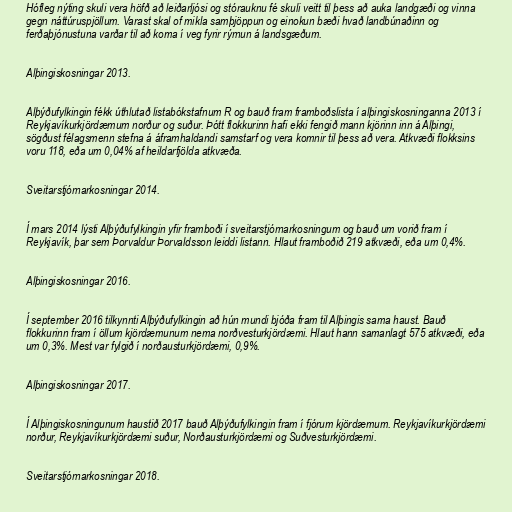
Hófleg nýting skuli vera höfð að leiðarljósi og stórauknu fé skuli veitt til þess að auka landgæði og vinna
gegn náttúruspjöllum. Varast skal of mikla samþjöppun og einokun bæði hvað landbúnaðinn og
ferðaþjónustuna varðar til að koma í veg fyrir rýrnun á landsgæðum.

Alþingiskosningar 2013.

Alþýðufylkingin fékk úthlutað listabókstafnum R og bauð fram framboðslista í alþingiskosninganna 2013 í
Reykjavíkurkjördæmum norður og suður. Þótt flokkurinn hafi ekki fengið mann kjörinn inn á Alþingi,
sögðust félagsmenn stefna á áframhaldandi samstarf og vera komnir til þess að vera. Atkvæði flokksins
voru 118, eða um 0,04% af heildarfjölda atkvæða.

Sveitarstjórnarkosningar 2014.

Í mars 2014 lýsti Alþýðufylkingin yfir framboði í sveitarstjórnarkosningum og bauð um vorið fram í
Reykjavík, þar sem Þorvaldur Þorvaldsson leiddi listann. Hlaut framboðið 219 atkvæði, eða um 0,4%.

Alþingiskosningar 2016.

Í september 2016 tilkynnti Alþýðufylkingin að hún mundi bjóða fram til Alþingis sama haust. Bauð
flokkurinn fram í öllum kjördæmunum nema norðvesturkjördæmi. Hlaut hann samanlagt 575 atkvæði, eða
um 0,3%. Mest var fylgið í norðausturkjördæmi, 0,9%.

Alþingiskosningar 2017.

Í Alþingiskosningunum haustið 2017 bauð Alþýðufylkingin fram í fjórum kjördæmum. Reykjavíkurkjördæmi
norður, Reykjavíkurkjördæmi suður, Norðausturkjördæmi og Suðvesturkjördæmi.

Sveitarstjórnarkosningar 2018.